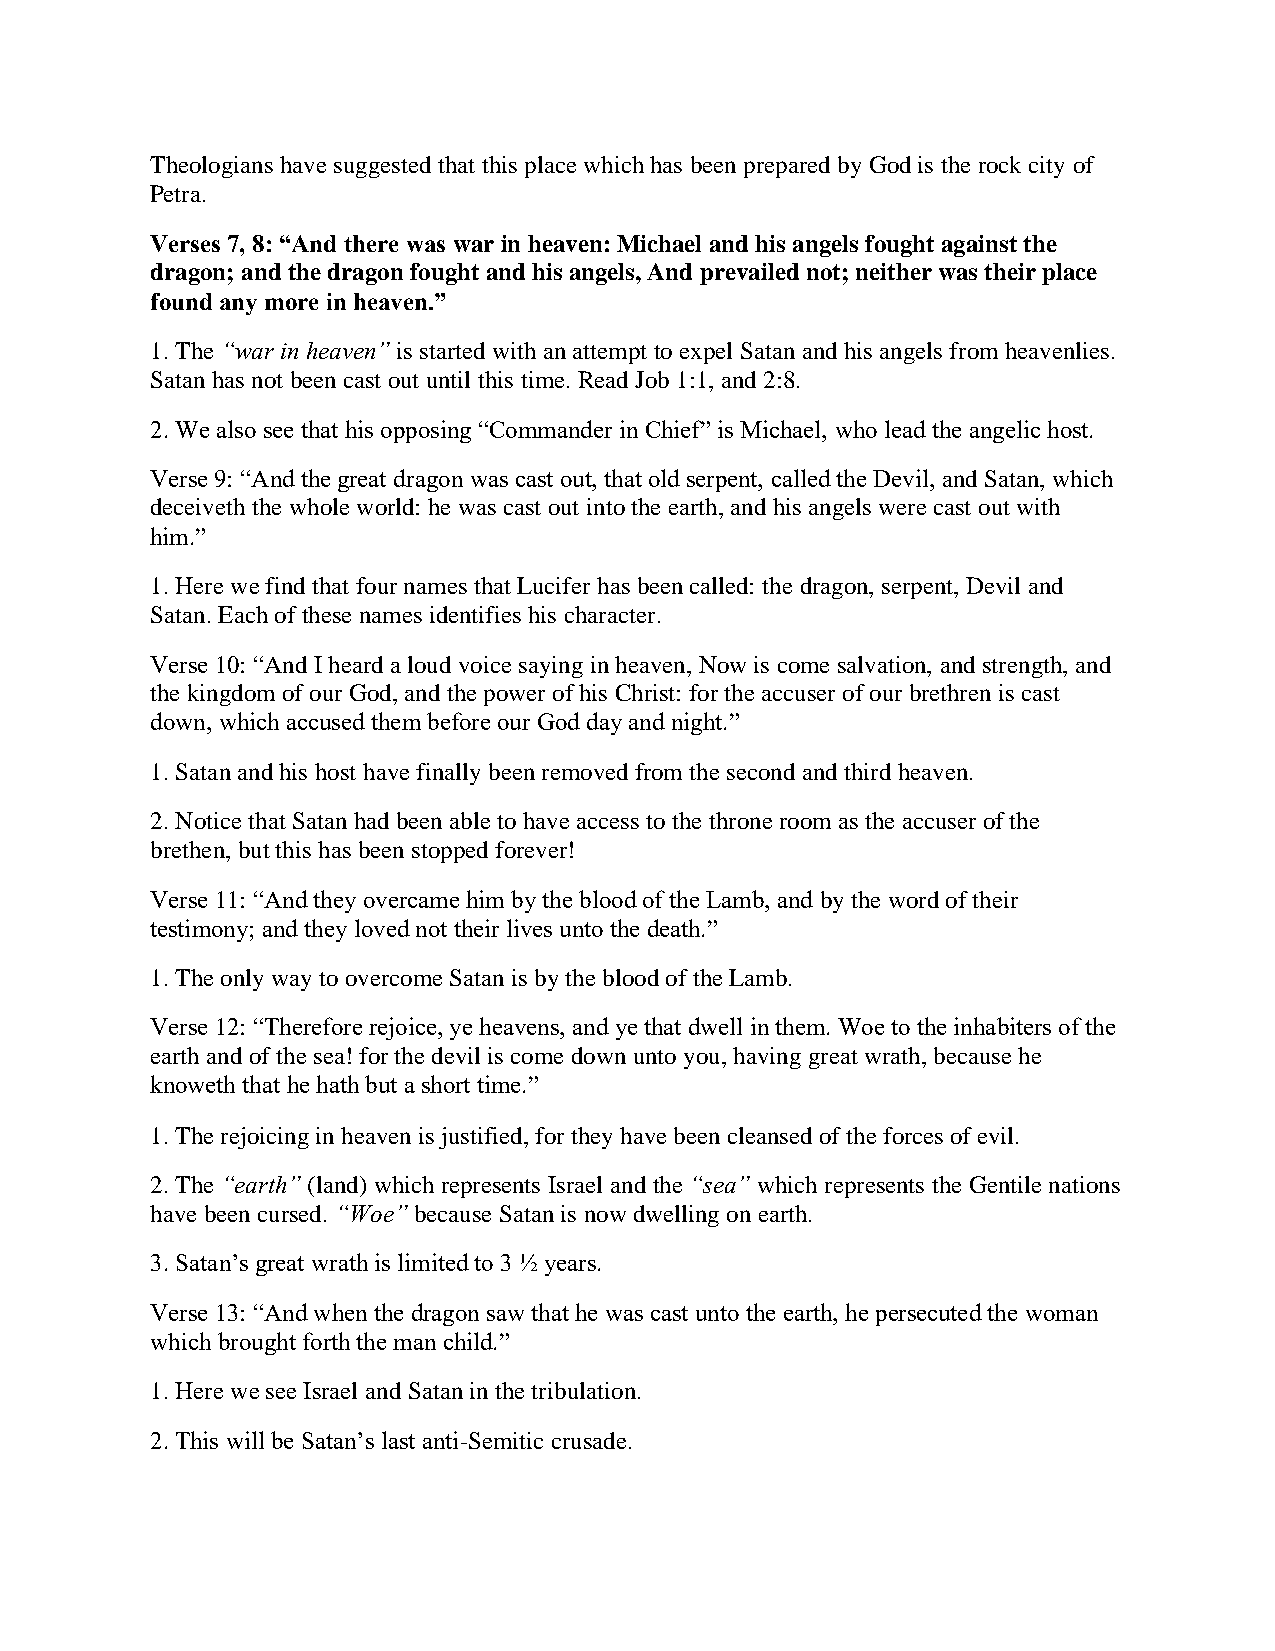
Theologians have suggested that this place which has been prepared by God is the rock city of
 Petra.
 Verses 7, 8: “And there was war in heaven: Michael and his angels fought against the
 dragon; and the dragon fought and his angels, And prevailed not; neither was their place
 found any more in heaven.”
 1. The “war in heaven” is started with an attempt to expel Satan and his angels from heavenlies.
 Satan has not been cast out until this time. Read Job 1:1, and 2:8.
 2. We also see that his opposing “Commander in Chief” is Michael, who lead the angelic host.
 Verse 9: “And the great dragon was cast out, that old serpent, called the Devil, and Satan, which
 deceiveth the whole world: he was cast out into the earth, and his angels were cast out with
 him.”
 1. Here we find that four names that Lucifer has been called: the dragon, serpent, Devil and
 Satan. Each of these names identifies his character.
 Verse 10: “And I heard a loud voice saying in heaven, Now is come salvation, and strength, and
 the kingdom of our God, and the power of his Christ: for the accuser of our brethren is cast
 down, which accused them before our God day and night.”
 1. Satan and his host have finally been removed from the second and third heaven.
 2. Notice that Satan had been able to have access to the throne room as the accuser of the
 brethen, but this has been stopped forever!
 Verse 11: “And they overcame him by the blood of the Lamb, and by the word of their
 testimony; and they loved not their lives unto the death.”
 1. The only way to overcome Satan is by the blood of the Lamb.
 Verse 12: “Therefore rejoice, ye heavens, and ye that dwell in them. Woe to the inhabiters of the
 earth and of the sea! for the devil is come down unto you, having great wrath, because he
 knoweth that he hath but a short time.”
 1. The rejoicing in heaven is justified, for they have been cleansed of the forces of evil.
 2. The “earth” (land) which represents Israel and the “sea” which represents the Gentile nations
 have been cursed. “Woe” because Satan is now dwelling on earth.
 3. Satan’s great wrath is limited to 3 ½ years.
 Verse 13: “And when the dragon saw that he was cast unto the earth, he persecuted the woman
 which brought forth the man child.”
 1. Here we see Israel and Satan in the tribulation.
 2. This will be Satan’s last anti-Semitic crusade.